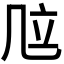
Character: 𠙅